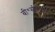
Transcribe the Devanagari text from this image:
बी॰सी॰एस॰